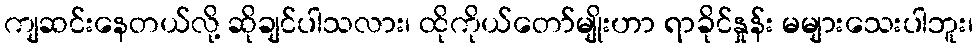
ကျဆင်းနေတယ်လို့ ဆိုချင်ပါသလား၊ ထိုကိုယ်တော်မျိုးဟာ ရာခိုင်နှုန်း မများသေးပါဘူး၊